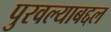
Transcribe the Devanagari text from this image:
पुरवल्याबद्दल